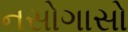
નસોગાસો